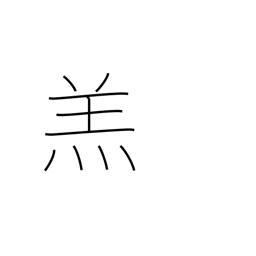
Meaning: lamb